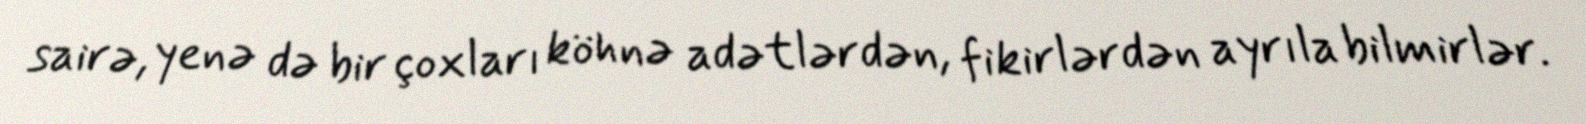
sairə, yenə də bir çoxları köhnə adətlərdən, fikirlərdən ayrıla bilmirlər.